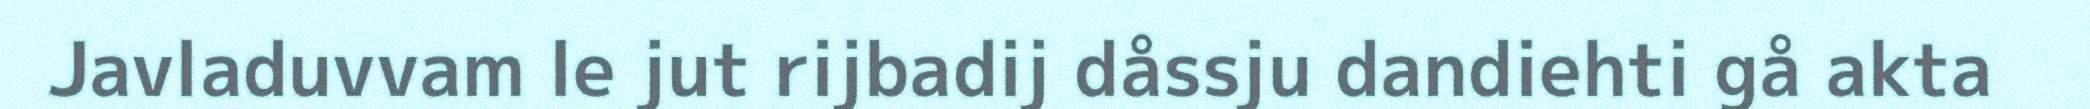
Javladuvvam le jut rijbadij dåssju dandiehti gå akta